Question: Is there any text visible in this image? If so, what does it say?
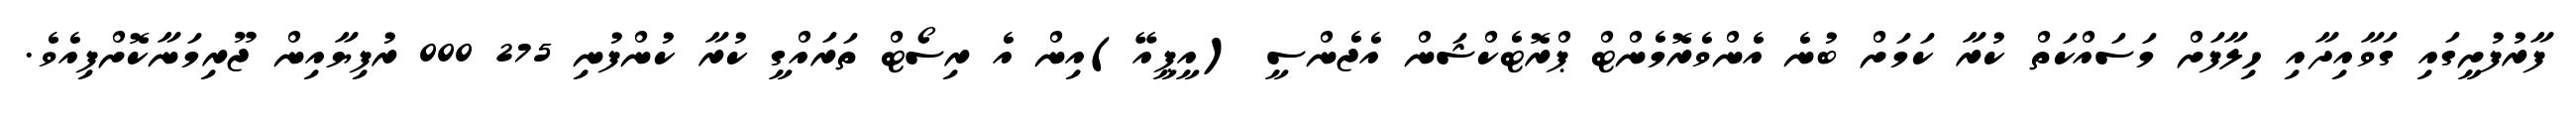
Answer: ފާރުފުށީގައި ގަވާއިދާއި ހިލާފަށް މަސައްކަތް ކުރާ ކަމަށް ބުނެ އެންވެރޮމެންޓް ޕްރޮޓެކްޝަން އެޖެންސީ (އީޕީއޭ)އިން އެ ރިސޯޓް ތަރައްގީ ކުރާ ކުންފުނި 275 000 ރުފިޔާއިން ޖޫރިމަނާކޮށްފިއެވެ.